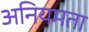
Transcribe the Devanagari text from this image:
अनियमता